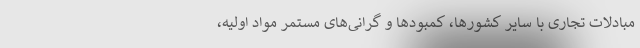
مبادلات تجاری با سایر کشورها، کمبودها و گرانی‌های مستمر مواد اولیه،